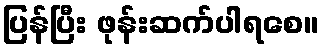
ပြန်ပြီး ဖုန်းဆက်ပါရစေ။